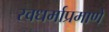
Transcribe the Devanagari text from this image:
स्वधर्माप्रमाणे